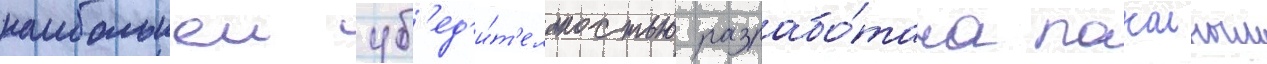
наибольшеи уб'ед'и́т'ельностью разрабо́тана покоиным